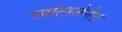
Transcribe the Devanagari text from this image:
प्लांटाजेनेट